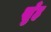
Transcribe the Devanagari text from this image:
खुँह